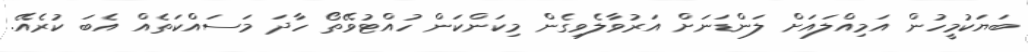
ބަޔަކުމީހުން އަމިއްލައަށް ލަންޑަނަށް އަރުވާލެވިގެން މިކަންކަން ހުއްޓުވޭތޯ ހާދަ މަސައްކަތެއް އެބަ ކުރެއޭ.